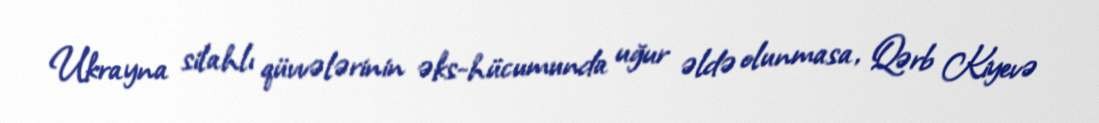
Ukrayna silahlı qüvvələrinin əks-hücumunda uğur əldə olunmasa, Qərb Kiyevə